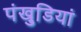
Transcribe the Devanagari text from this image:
पंखुडि़यां